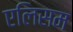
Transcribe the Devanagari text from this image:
एलिसम